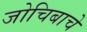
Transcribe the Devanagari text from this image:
जोचिबाचे